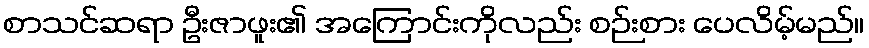
စာသင်ဆရာ ဦးဇာဖူး၏ အကြောင်းကိုလည်း စဉ်းစား ပေလိမ့်မည်။